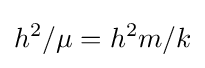
h^{2}/\mu =h^{2}m/k